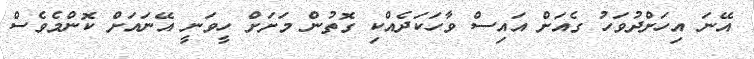
އޭނަ އިހަށްދުވަހު ގެއަށް އައިސް ވާހަކަދެއްކި ގޮތުން މަށަށް ހީވަނީ އޭނައަށް ކޮންމެވެސް